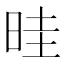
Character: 晆